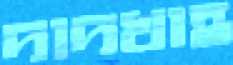
দাদখাহ